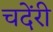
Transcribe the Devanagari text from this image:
चदेंरी